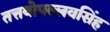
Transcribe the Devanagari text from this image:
तत्तवोपल्लवसिंह